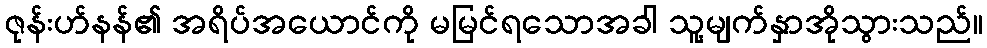
ဇုန်းဟ်နန်၏ အရိပ်အယောင်ကို မမြင်ရသောအခါ သူ့မျက်နှာအိုသွားသည်။